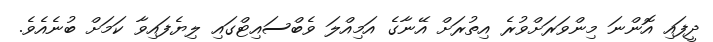
ދީފައި އޮންނަ މިންވަރަށްވުރެ އިތުރަށް އޭނާގެ އަމިއްލަ ވެބްސައިޓްގައި ލިޔެފައިވާ ކަމަށް ބުނެއެވެ.